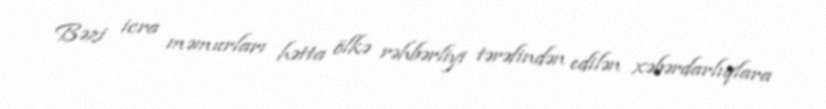
Bəzi icra məmurları hətta ölkə rəhbərliyi tərəfindən edilən xəbərdarlıqlara